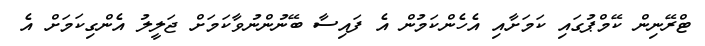
ޓްރޭނިން ކޭމްޕުގައި ކަމަށާއި އެހެންކަމުން އެ ފައިސާ ބޭނުންނުވާކަމަށް ޖަލީލު އެންގިކަމަށް އެ